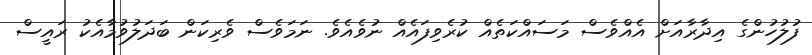
ފުލުހުންގެ އިދާރާއަށް އެއްވެސް މަސައްކަތެއް ކުރެވިފައެއް ނުވެއެވެ. ނަމަވެސް ވެރިކަން ބަދަލުވުމާއެކު ރައީސް